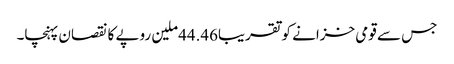
جس سے قومی خزانے کو تقریبا44.46ملین روپے کا نقصان پہنچا۔